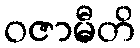
ဝဇာမီတိ